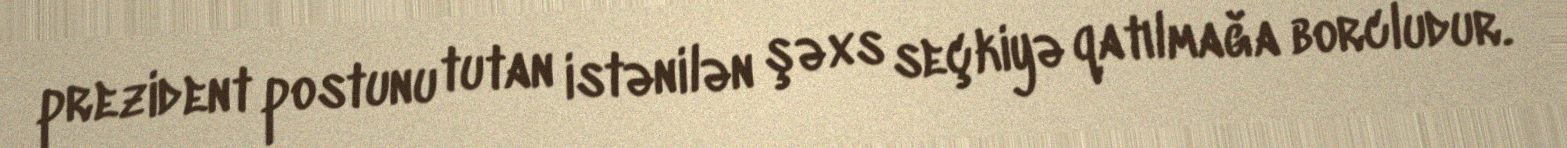
prezident postunu tutan istənilən şəxs seçkiyə qatılmağa borcludur.